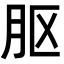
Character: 𬁵